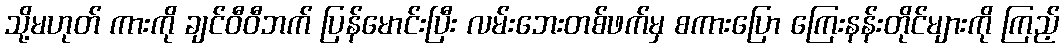
သို့မဟုတ် ကားကို ချင်ဝီဝီဘက် ပြန်မောင်းပြီး လမ်းဘေးတစ်ဖက်မှ စကားပြော ကြေးနန်းတိုင်များကို ကြည့်